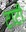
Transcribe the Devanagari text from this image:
टाटी